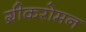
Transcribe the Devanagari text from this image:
ग्रीकरोमन